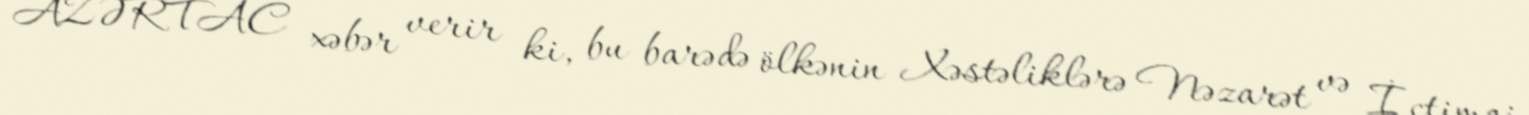
AZƏRTAC xəbər verir ki, bu barədə ölkənin Xəstəliklərə Nəzarət və İctimai